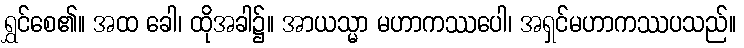
ရွှင်စေ၏။ အထ ခေါ၊ ထိုအခါ၌။ အာယသ္မာ မဟာကဿပေါ၊ အရှင်မဟာကဿပသည်။